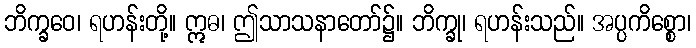
ဘိက္ခဝေ၊ ရဟန်းတို့။ ဣဓ၊ ဤသာသနာတော်၌။ ဘိက္ခု၊ ရဟန်းသည်။ အပ္ပကိစ္စော၊